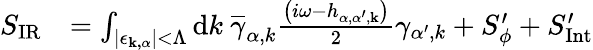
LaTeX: \begin{array}{rl}{S_{\mathrm{{IR}}}}&{=\int_{\left|\mathbf{\epsilon_{{k},\alpha}}\right|<\Lambda}\mathrm{d}{k}\ \overline{{\gamma}}_{\alpha,{k}}\frac{\left(i\omega-h_{\alpha,\alpha^{\prime},\mathbf{k}}\right)}{2}\gamma_{\alpha^{\prime},{k}}+S_{\phi}^{\prime}+S_{\mathrm{Int}}^{\prime}}\end{array}